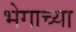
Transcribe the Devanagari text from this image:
भेगाच्या